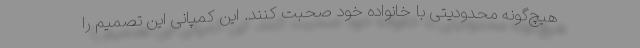
هیچ‌گونه محدودیتی با خانواده خود صحبت کنند. این کمپانی این تصمیم را